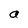
Character: a